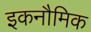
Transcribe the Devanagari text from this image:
इकनौमिक